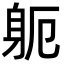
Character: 𮜯